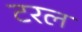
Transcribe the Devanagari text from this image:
टरल